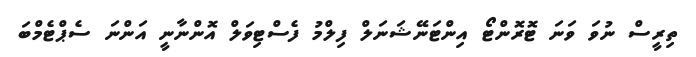
ތިރީސް ނުވަ ވަނަ ޓޮރޮންޓޯ އިންޓަނޭޝަނަލް ފިލްމު ފެސްޓިވަލް އޮންނާނީ އަންނަ ސެޕްޓެމްބަ